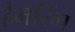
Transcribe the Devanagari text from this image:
हैमरिंग